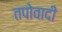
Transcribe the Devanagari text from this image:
तपोवादी